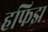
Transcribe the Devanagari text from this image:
हफिझ